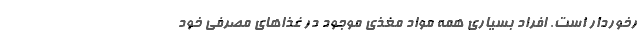
رخوردار است. افراد بسیاری همه مواد مغذی موجود در غذاهای مصرفی خود